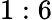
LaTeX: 1:6